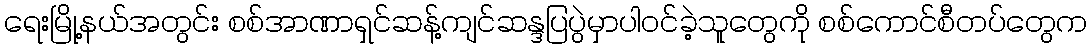
ရေးမြို့နယ်အတွင်း စစ်အာဏာရှင်ဆန့်ကျင်ဆန္ဒပြပွဲမှာပါဝင်ခဲ့သူတွေကို စစ်ကောင်စီတပ်တွေက